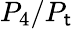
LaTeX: P_{4}/P_{\mathsf{t}}